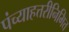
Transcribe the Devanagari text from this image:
पंच्याहत्तरीनिमित्त